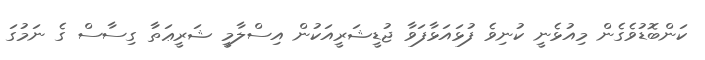
ކަންބޮޑުވެގެން މިއުޅެނީ ކުނިވެ ފުޅައަޅާފަވާ ޖުޑީޝަރީއަކުން އިސްލާމީ ޝަރީޢަތަާ ގިސާސް ގެ ނަމުގަ